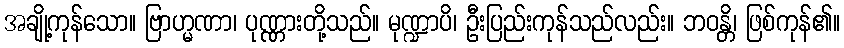
အချို့ကုန်သော။ ဗြာဟ္မဏာ၊ ပုဏ္ဏားတို့သည်။ မုဏ္ဍာပိ၊ ဦးပြည်းကုန်သည်လည်း။ ဘဝန္တိ၊ ဖြစ်ကုန်၏။